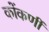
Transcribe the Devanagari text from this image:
कोंकणीं